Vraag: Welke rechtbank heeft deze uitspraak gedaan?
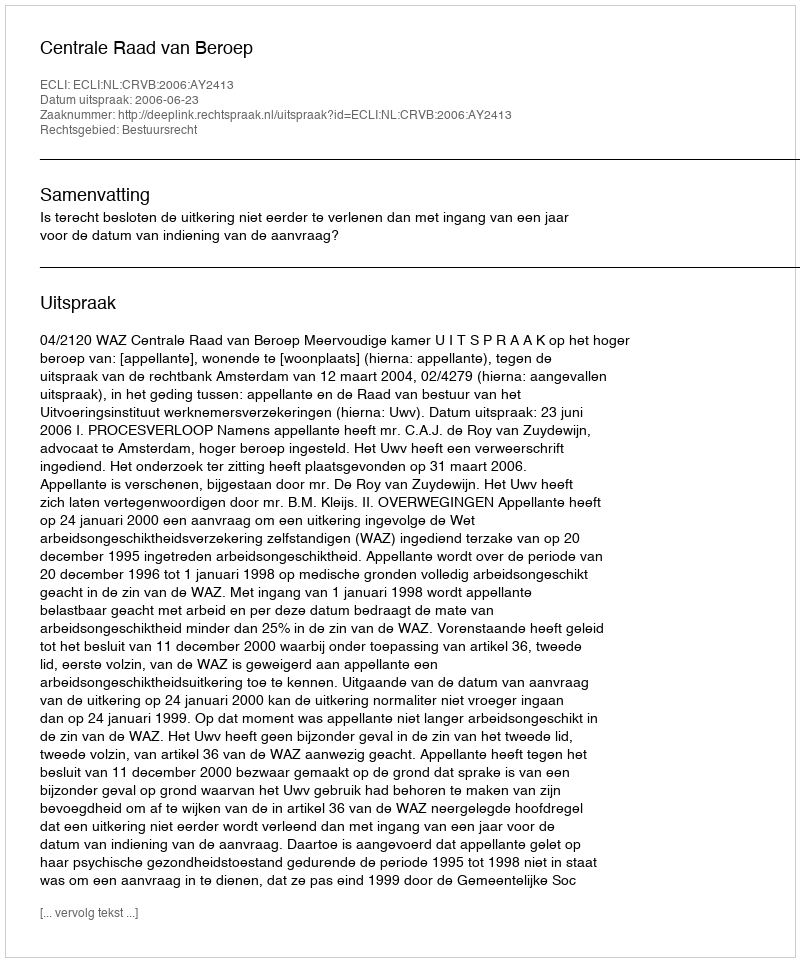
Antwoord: Centrale Raad van Beroep